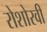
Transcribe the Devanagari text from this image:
रोशोरवी